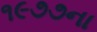
૧૯૭૭ના